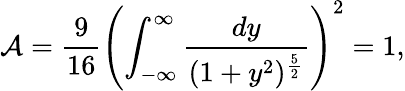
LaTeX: {\cal A}={\frac{9}{16}}\left(\int_{-\infty}^{\infty}{\frac{dy}{(1+y^{2})^{\frac{5}{2}}}}\right)^{2}=1,